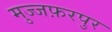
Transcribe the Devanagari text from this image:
मुज्जफ़रपुर